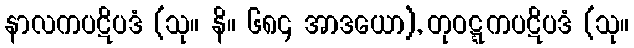
နာလကပဋိပဒံ (သု။ နိ။ ၆၈၄ အာဒယော), တုဝဋ္ဋကပဋိပဒံ (သု။